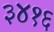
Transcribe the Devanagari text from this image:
३४१६